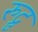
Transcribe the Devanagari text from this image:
रुद्रु